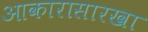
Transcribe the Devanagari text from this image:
आकारासारखा